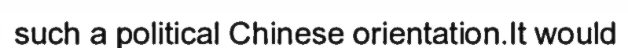
such a political Chinese orientation.It would